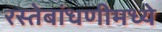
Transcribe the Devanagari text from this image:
रस्तेबांधणीमध्ये